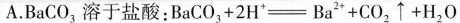
A. BaCO_{3}溶于盐酸$$BaCO_{3} + 2H^{+} = Ba^{2+} + CO_{2}\uparrow